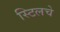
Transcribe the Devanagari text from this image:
स्टिलचे